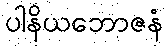
ပါနိယဘောဇနံ